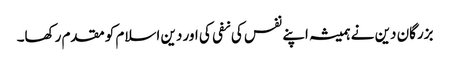
بزرگان دین نے ہمیشہ اپنے نفس کی نفی کی اور دین اسلام کو مقدم رکھا۔